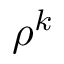
\rho ^ { k }